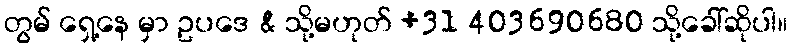
တွမ် ရှေ့နေ မှာ ဥပဒေ & သို့မဟုတ် +31 403690680 သို့ခေါ်ဆိုပါ။